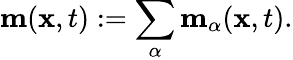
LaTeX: \begin{array}{r}{\mathbf{m}(\mathbf{x},t):=\displaystyle\sum_{\alpha}\mathbf{m}_{\alpha}(\mathbf{x},t).}\end{array}